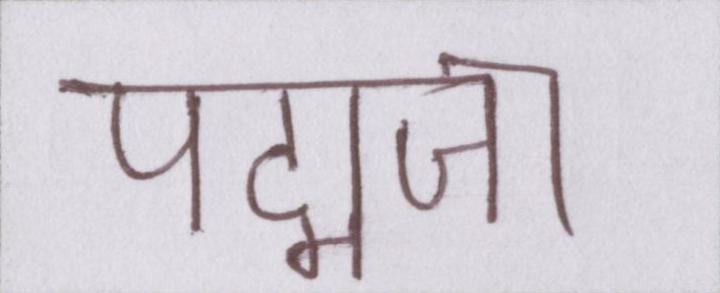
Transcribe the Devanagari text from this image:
पद्मजा